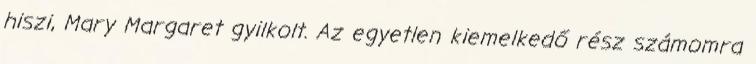
hiszi, Mary Margaret gyilkolt. Az egyetlen kiemelkedő rész számomra